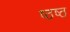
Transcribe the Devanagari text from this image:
ष्ठष्ठ